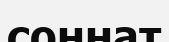
соннат